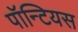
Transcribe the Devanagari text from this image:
पॉन्टियस